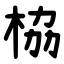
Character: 栛